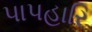
પાપહારિ